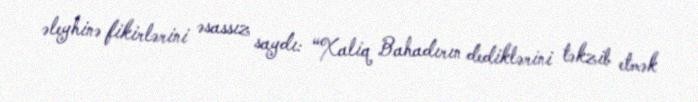
əleyhinə fikirlərini əsassız saydı: “Xaliq Bahadırın dediklərini təkzib etmək